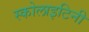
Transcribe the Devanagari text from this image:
स्कोलाइटिनी